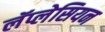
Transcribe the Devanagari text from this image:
लॅप्लेसियन